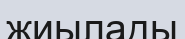
жиылады